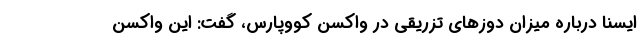
ایسنا درباره میزان دوزهای تزریقی در واکسن کووپارس، گفت: این واکسن